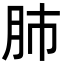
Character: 肺